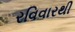
રવિવારથી